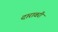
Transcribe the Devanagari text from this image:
दारावरी